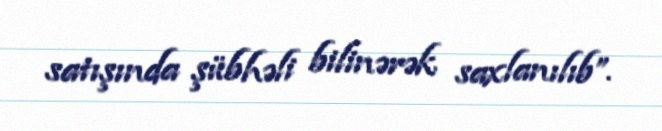
satışında şübhəli bilinərək saxlanılıb”.